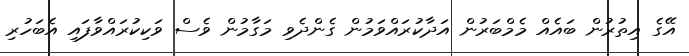
އޭގެ އިތުރުން ބައެއް މެމްބަރުން އަދާކުރައްވަމުން ގެންދެވި މަގާމުން ވެސް ވަކިކުރައްވާފައި އެބަހުރި